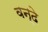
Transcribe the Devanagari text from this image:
वन्‍दे